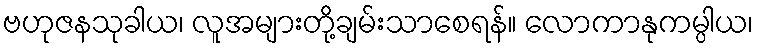
ဗဟုဇနသုခါယ၊ လူအများတို့ချမ်းသာစေရန်။ လောကာနုကမ္ပါယ၊